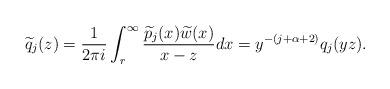
LaTeX: \begin{align*}\widetilde{q}_j(z) = \frac{1}{2\pi i} \int^\infty_r \frac{\widetilde{p}_j(x) \widetilde{w}(x)}{x-z} dx = y^{-(j+\alpha+2)} q_j(y z).\end{align*}